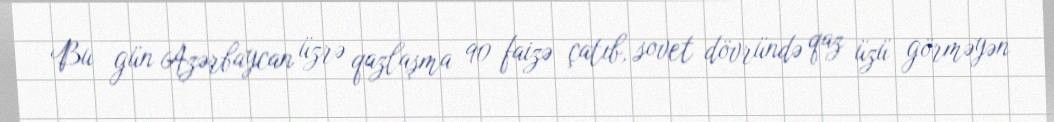
Bu gün Azərbaycan üzrə qazlaşma 90 faizə çatıb, sovet dövründə qaz üzü görməyən